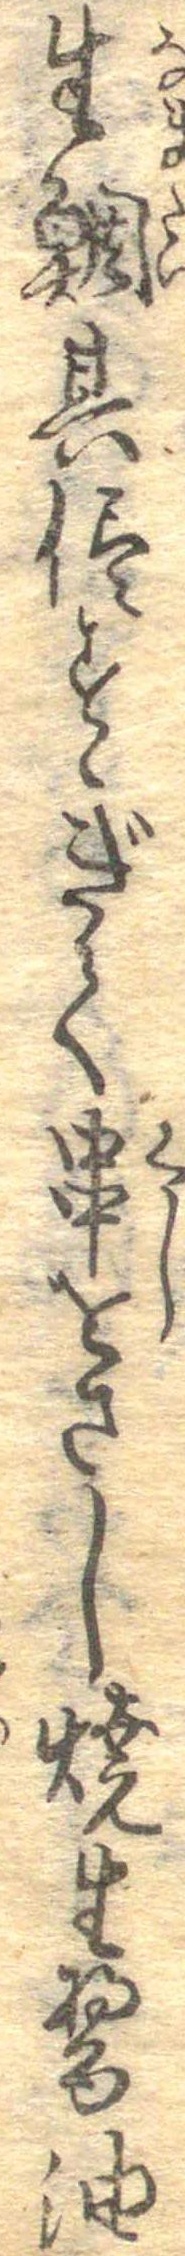
生鯛其侭すゝぎて串をさし焼生醤油